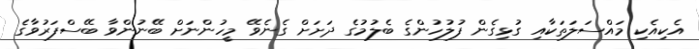
އެކިއެކި މައްސަލަތަކާއި ގުޅިގެން ފުލުހުންގެ ބެލުމުގެ ދަށަށް ގެނެވޭ މީހުންނަށް ބޭނުންވާ ބޭސްފަރުވާގެ